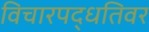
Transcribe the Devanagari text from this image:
विचारपद्धतिवर